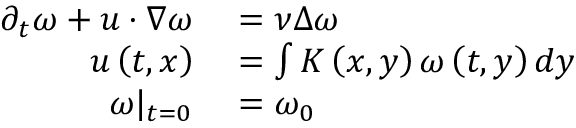
\begin{array} { r l } { \partial _ { t } \omega + u \cdot \nabla \omega } & { { } = \nu \Delta \omega } \\ { u \left( t , x \right) } & { { } = \int K \left( x , y \right) \omega \left( t , y \right) d y } \\ { \omega | _ { t = 0 } } & { { } = \omega _ { 0 } } \end{array}